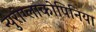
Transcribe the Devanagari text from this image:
न्युरोग्लाकोपिनिया